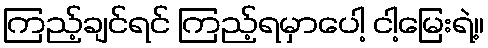
ကြည့်ချင်ရင် ကြည့်ရမှာပေါ့ ငါ့မြေးရဲ့။